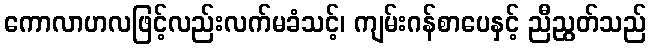
ကောလာဟလဖြင့်လည်းလက်မခံသင့်၊ ကျမ်းဂန်စာပေနှင့် ညီညွတ်သည်